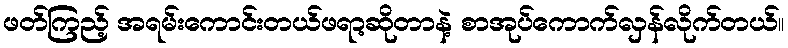
ဖတ်ကြည့် အရမ်းကောင်းတယ်ဖရာ့ဆိုတာနဲ့ စာအုပ်ကောက်လှန်လိုက်တယ်။